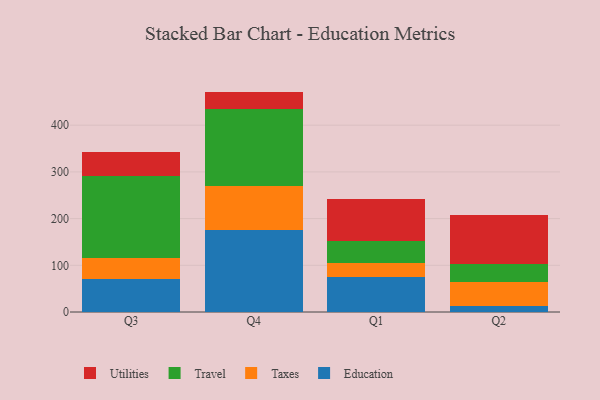
{"axis": {"x": "Quarter", "y": "Market Share (%)"}, "legend": ["Education", "Taxes", "Travel", "Utilities"], "data": [{"x": "Q3", "y": 70.0, "type": "Education"}, {"x": "Q3", "y": 45.0, "type": "Taxes"}, {"x": "Q3", "y": 175.8, "type": "Travel"}, {"x": "Q3", "y": 51.6, "type": "Utilities"}, {"x": "Q4", "y": 176.6, "type": "Education"}, {"x": "Q4", "y": 92.9, "type": "Taxes"}, {"x": "Q4", "y": 164.2, "type": "Travel"}, {"x": "Q4", "y": 38.2, "type": "Utilities"}, {"x": "Q1", "y": 74.2, "type": "Education"}, {"x": "Q1", "y": 30.6, "type": "Taxes"}, {"x": "Q1", "y": 47.3, "type": "Travel"}, {"x": "Q1", "y": 89.5, "type": "Utilities"}, {"x": "Q2", "y": 12.5, "type": "Education"}, {"x": "Q2", "y": 52.8, "type": "Taxes"}, {"x": "Q2", "y": 37.3, "type": "Travel"}, {"x": "Q2", "y": 104.7, "type": "Utilities"}]}